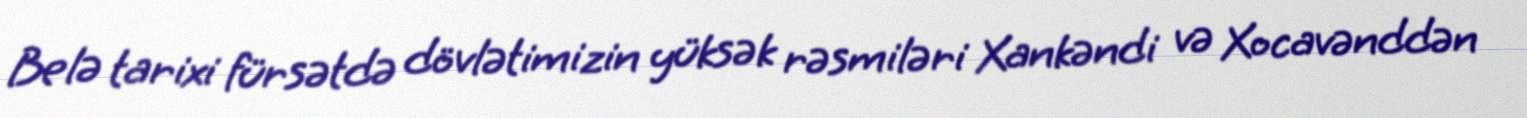
Belə tarixi fürsətdə dövlətimizin yüksək rəsmiləri Xankəndi və Xocavənddən